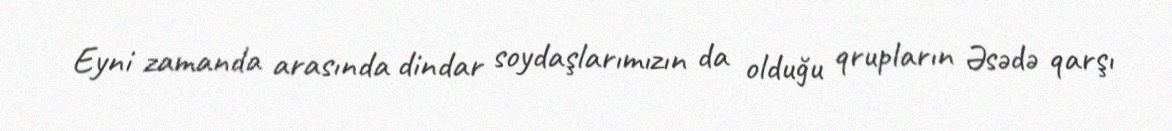
Eyni zamanda arasında dindar soydaşlarımızın da olduğu qrupların Əsədə qarşı